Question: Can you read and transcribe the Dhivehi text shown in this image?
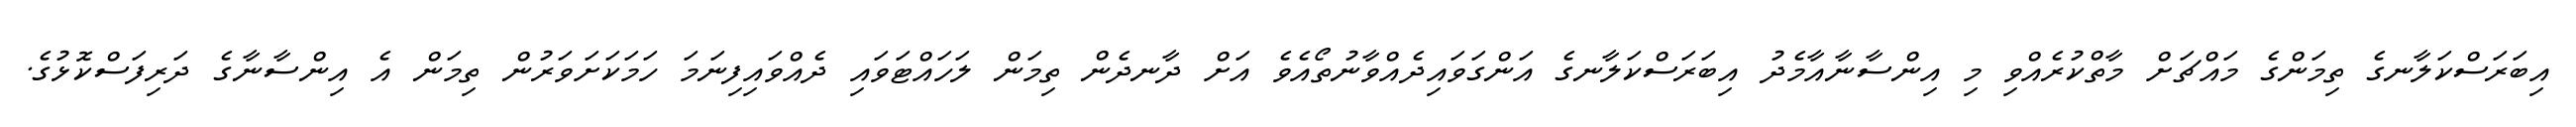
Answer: އިބަރަސްކަލާނގެ ތިމަންގެ މައްޗަށް މާތްކުރެއްވި މި އިންސާނާއާމެދު އިބަރަސްކަލާނގެ އަންގަވައިދެއްވާނުތޯއެވެ އަށް ދާނދެން ތިމަން ލަހައްޓަވައި ދެއްވައިފިނަމަ ހަމަކަށަވަރުން ތިމަން އެ އިންސާނާގެ ދަރިފަސްކޮޅުގެ.